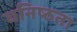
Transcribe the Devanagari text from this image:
घनिष्‍ठता